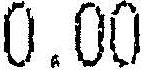
0.00